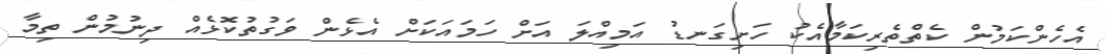
އެހެންކަމުން ކެތްތެރިކަމާއެކު ހަށިގަނޑު އަމިއްލަ އަށް ހަމައަކަށް އެޅެން ވަގުތުކޮޅެއް ދިނުމުން ތިމާ